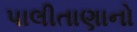
પાલીતાણાનો